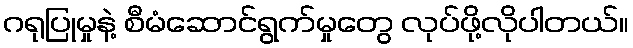
ဂရုပြုမှုနဲ့ စီမံဆောင်ရွက်မှုတွေ လုပ်ဖို့လိုပါတယ်။